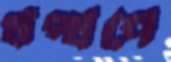
থপ্‌থপে